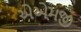
એએમજી